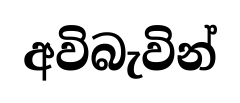
අවිබැවින්